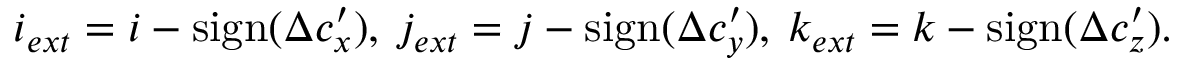
i _ { e x t } = i - \mathrm { s i g n } ( \Delta c _ { x } ^ { \prime } ) , \: j _ { e x t } = j - \mathrm { s i g n } ( \Delta c _ { y } ^ { \prime } ) , \: k _ { e x t } = k - \mathrm { s i g n } ( \Delta c _ { z } ^ { \prime } ) .